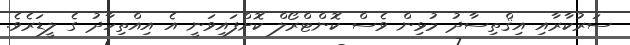
ސަރުކާރާއި އިޤްތިސާދު މުޅިން ވެސް ކޮންޓްރޯލް ކޮށްފައިވަނީ އެ އިއްތިހާދު ގެ ލީޑަރެވެ.